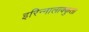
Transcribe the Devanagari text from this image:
इरिन्नालाक्कुता